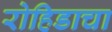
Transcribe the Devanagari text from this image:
रोहिडाचा